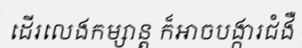
ដើរលេងកម្សាន្ត ក៏អាចបង្ការជំងឺ